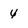
Character: 4